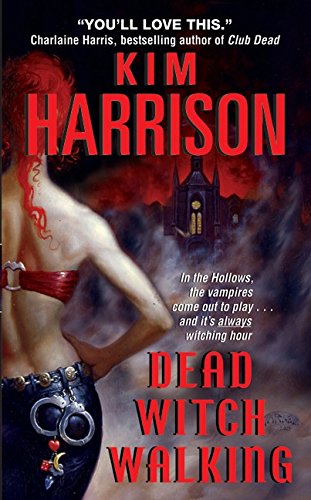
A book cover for Dead Witch Walking (The Hollows, Book 1); Kim Harrison; Mystery, Thriller & Suspense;